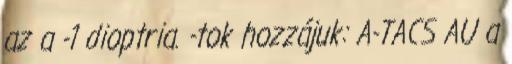
az a -1 dioptria. -tok hozzájuk: A-TACS AU a